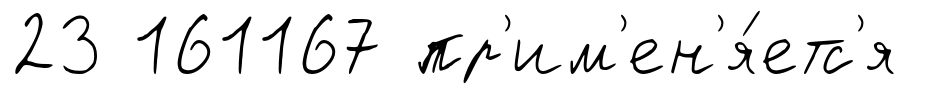
23 161167 пр'им'ен'я́етс'я